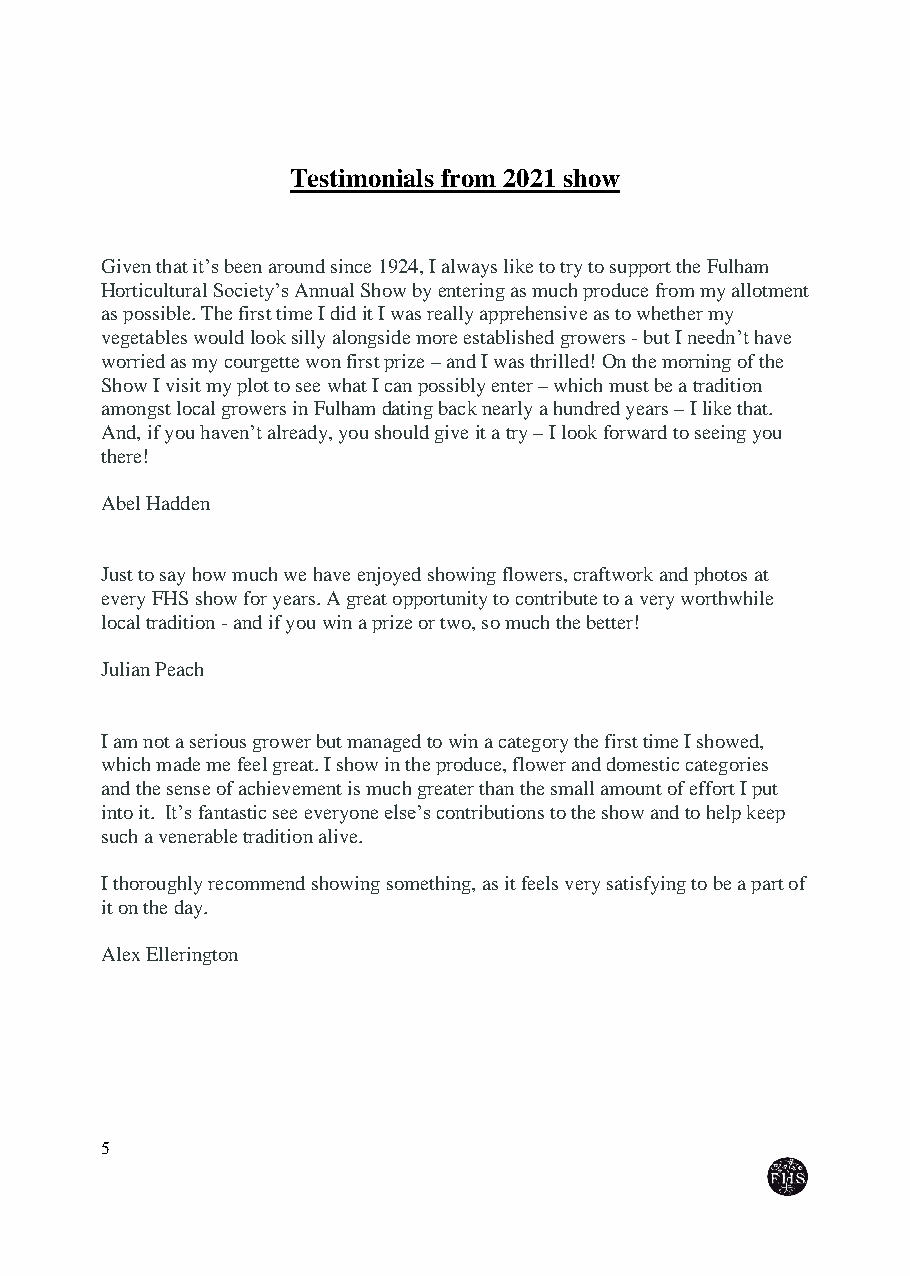
Testimonials from 2021 show
 Given that it’s been around since 1924, I always like to try to support the Fulham
 Horticultural Society’s Annual Show by entering as much produce from my allotment
 as possible. The first time I did it I was really apprehensive as to whether my
 vegetables would look silly alongside more established growers - but I needn’t have
 worried as my courgette won first prize – and I was thrilled! On the morning of the
 Show I visit my plot to see what I can possibly enter – which must be a tradition
 amongst local growers in Fulham dating back nearly a hundred years – I like that.
 And, if you haven’t already, you should give it a try – I look forward to seeing you
 there!
 Abel Hadden
 Just to say how much we have enjoyed showing flowers, craftwork and photos at
 every FHS show for years. A great opportunity to contribute to a very worthwhile
 local tradition - and if you win a prize or two, so much the better!
 Julian Peach
 I am not a serious grower but managed to win a category the first time I showed,
 which made me feel great. I show in the produce, flower and domestic categories
 and the sense of achievement is much greater than the small amount of effort I put
 into it. It’s fantastic see everyone else’s contributions to the show and to help keep
 such a venerable tradition alive.
 I thoroughly recommend showing something, as it feels very satisfying to be a part of
 it on the day.
 Alex Ellerington
 5